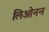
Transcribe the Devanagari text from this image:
लिओनन